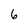
Character: 6